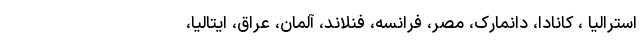
استرالیا ، کانادا، دانمارک، مصر، فرانسه، فنلاند، آلمان، عراق، ایتالیا،